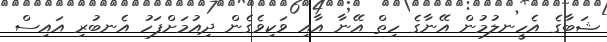
ޝަބާގެ އެހީނލުމުން އޭނާގެ ހިތް އޭނާ އާއި ވަކިވެގެން ދިއުމަށްފަހު އެނބުރި އައިސް